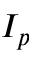
I _ { p }